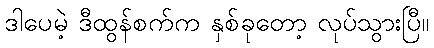
ဒါပေမဲ့ ဒီထွန်စက်က နှစ်ခုတော့ လုပ်သွားပြီ။